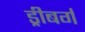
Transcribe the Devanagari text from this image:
ड्रीबर्ग